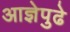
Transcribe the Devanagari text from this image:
आज्ञेपुढे